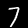
Digit: 7